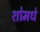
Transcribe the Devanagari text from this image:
शोमधे